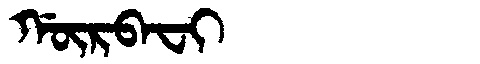
Manchu: ᡤᡡᡵᠪᠠᠸᡳ
Romanization: GŪRBAFI